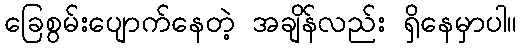
ခြေစွမ်းပျောက်နေတဲ့ အချိန်လည်း ရှိနေမှာပါ။